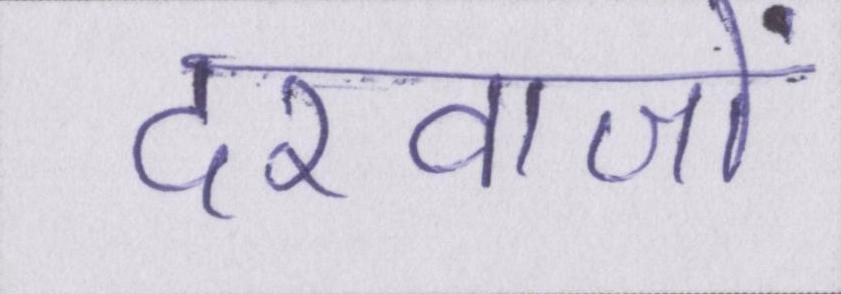
दरवाजों